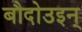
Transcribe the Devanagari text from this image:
बौदोउइन्